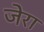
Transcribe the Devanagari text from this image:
जेरा